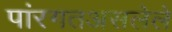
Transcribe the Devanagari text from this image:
पांरगतअसलेले